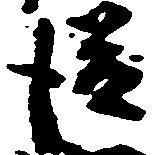
従